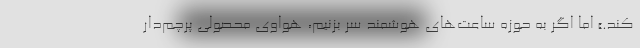
‌کند.» اما اگر به حوزه ساعت‌های هوشمند سر بزنیم، هواوی محصولی پرچم‌دار